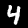
Digit: 4